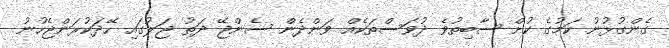
ގެންގުޅުނު ކަމުގެ ކުށް ސާބިތުވެ ދުވަސްތަކެއް ވަންދެން ސެންޖޭ ދަތު ޖަލުގައި ހޭދަކުރަންޖެހުނު